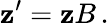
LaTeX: {\mathbf z}^{\prime}={\mathbf z}B\, .